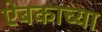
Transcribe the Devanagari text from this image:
ऐबकाच्या